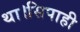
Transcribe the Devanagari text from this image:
था।सिपाही